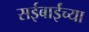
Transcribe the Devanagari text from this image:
सईबाईंच्या